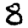
Digit: 8